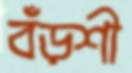
বঁড়শী